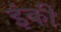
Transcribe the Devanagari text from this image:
इंकी